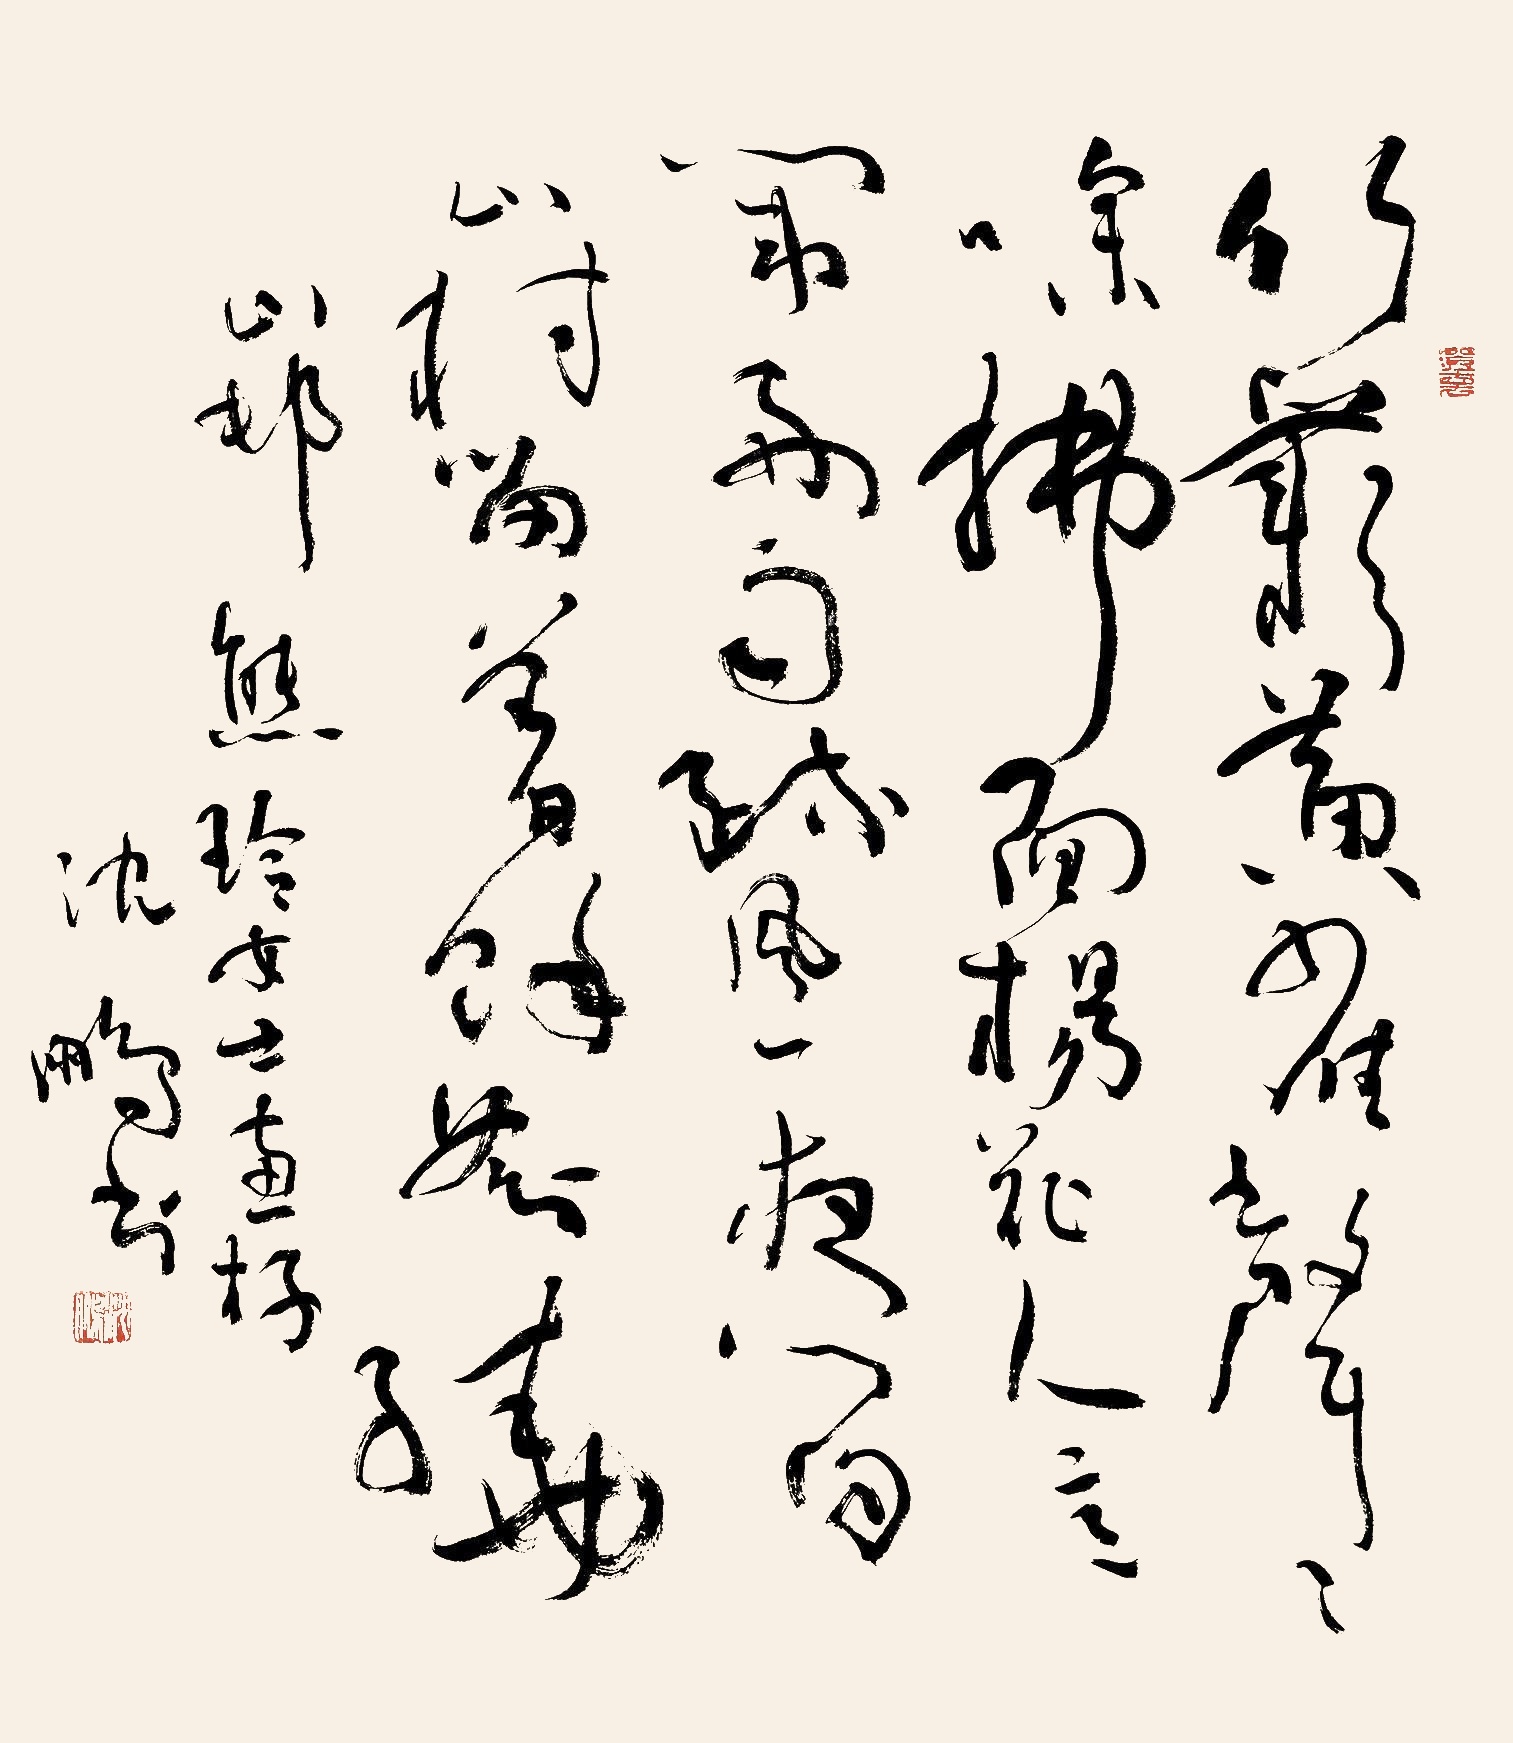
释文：竹丛黄雀声声噪，拂面杨花人意闹。好雨疏风一夜间，山村围着余音绕。熊玲女士惠存，沈鹏书。